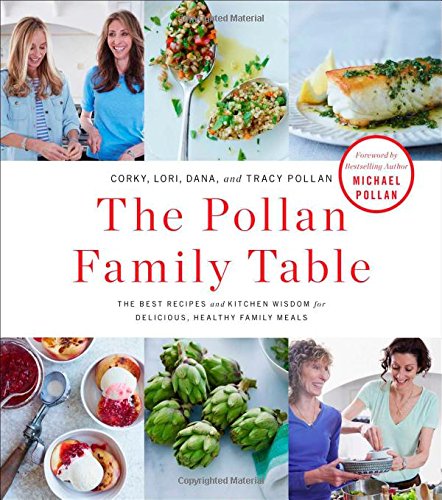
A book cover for The Pollan Family Table: The Best Recipes and Kitchen Wisdom for Delicious, Healthy Family Meals; Corky Pollan; Cookbooks, Food & Wine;